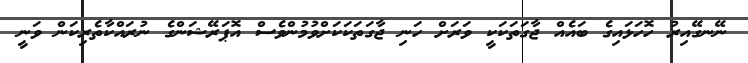
ނޭނގޭއިރު ހޮހަޅައިގެ ބައެއް ޖާގަތަކަކީ ވަރަށް ހަނި ޖާގަތަކަކަށްވުމުންވެސް އޮޕަރޭޝަންގެ ނުރައްކާތެރިކަން ވަނީ